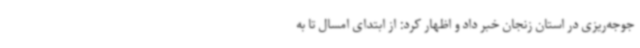
جوجه‌ریزی در استان زنجان خبر داد و اظهار کرد: از ابتدای امسال تا به